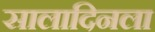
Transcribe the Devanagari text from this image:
सालादिनला